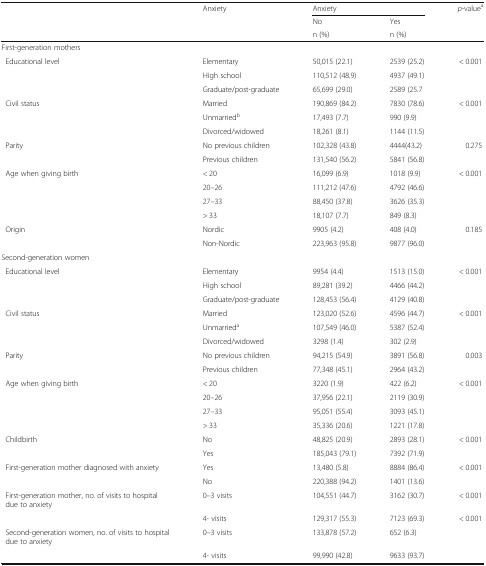
<table><thead><tr><td rowspan="3"></td><td rowspan="3"><b>Anxiety</b></td><td colspan="2"><b>Anxiety</b></td><td rowspan="3"><b><i>p</i>-value<sup>a</sup></b></td></tr><tr><td><b>No</b></td><td><b>Yes</b></td></tr><tr><td><b>n (%)</b></td><td><b>n (%)</b></td></tr></thead><tbody><tr><td colspan="5">First-generation mothers</td></tr><tr><td rowspan="3"> Educational level</td><td>Elementary</td><td>50,015 (22.1)</td><td>2539 (25.2)</td><td>&lt; 0.001</td></tr><tr><td>High school</td><td>110,512 (48.9)</td><td>4937 (49.1)</td><td></td></tr><tr><td>Graduate/post-graduate</td><td>65,699 (29.0)</td><td>2589 (25.7</td><td></td></tr><tr><td> Civil status</td><td>Married</td><td>190,869 (84.2)</td><td>7830 (78.6)</td><td>&lt; 0.001</td></tr><tr><td></td><td>Unmarried<sup>b</sup></td><td>17,493 (7.7)</td><td>990 (9.9)</td><td></td></tr><tr><td></td><td>Divorced/widowed</td><td>18,261 (8.1)</td><td>1144 (11.5)</td><td></td></tr><tr><td> Parity</td><td>No previous children</td><td>102,328 (43.8)</td><td>4444(43.2)</td><td>0.275</td></tr><tr><td></td><td>Previous children</td><td>131,540 (56.2)</td><td>5841 (56.8)</td><td></td></tr><tr><td rowspan="4"> Age when giving birth</td><td>&lt; 20</td><td>16,099 (6.9)</td><td>1018 (9.9)</td><td>&lt; 0.001</td></tr><tr><td>20–26</td><td>111,212 (47.6)</td><td>4792 (46.6)</td><td></td></tr><tr><td>27–33</td><td>88,450 (37.8)</td><td>3626 (35.3)</td><td></td></tr><tr><td>&gt; 33</td><td>18,107 (7.7)</td><td>849 (8.3)</td><td></td></tr><tr><td> Origin</td><td>Nordic</td><td>9905 (4.2)</td><td>408 (4.0)</td><td>0.185</td></tr><tr><td></td><td>Non-Nordic</td><td>223,963 (95.8)</td><td>9877 (96.0)</td><td></td></tr><tr><td colspan="5">Second-generation women</td></tr><tr><td rowspan="3"> Educational level</td><td>Elementary</td><td>9954 (4.4)</td><td>1513 (15.0)</td><td>&lt; 0.001</td></tr><tr><td>High school</td><td>89,281 (39.2)</td><td>4466 (44.2)</td><td></td></tr><tr><td>Graduate/post-graduate</td><td>128,453 (56.4)</td><td>4129 (40.8)</td><td></td></tr><tr><td> Civil status</td><td>Married</td><td>123,020 (52.6)</td><td>4596 (44.7)</td><td>&lt; 0.001</td></tr><tr><td></td><td>Unmarried<sup>a</sup></td><td>107,549 (46.0)</td><td>5387 (52.4)</td><td></td></tr><tr><td></td><td>Divorced/widowed</td><td>3298 (1.4)</td><td>302 (2.9)</td><td></td></tr><tr><td> Parity</td><td>No previous children</td><td>94,215 (54.9)</td><td>3891 (56.8)</td><td>0.003</td></tr><tr><td></td><td>Previous children</td><td>77,348 (45.1)</td><td>2964 (43.2)</td><td></td></tr><tr><td rowspan="4"> Age when giving birth</td><td>&lt; 20</td><td>3220 (1.9)</td><td>422 (6.2)</td><td>&lt; 0.001</td></tr><tr><td>20–26</td><td>37,956 (22.1)</td><td>2119 (30.9)</td><td></td></tr><tr><td>27–33</td><td>95,051 (55.4)</td><td>3093 (45.1)</td><td></td></tr><tr><td>&gt; 33</td><td>35,336 (20.6)</td><td>1221 (17.8)</td><td></td></tr><tr><td> Childbirth</td><td>No</td><td>48,825 (20.9)</td><td>2893 (28.1)</td><td>&lt; 0.001</td></tr><tr><td></td><td>Yes</td><td>185,043 (79.1)</td><td>7392 (71.9)</td><td></td></tr><tr><td> First-generation mother diagnosed with anxiety</td><td>Yes</td><td>13,480 (5.8)</td><td>8884 (86.4)</td><td>&lt; 0.001</td></tr><tr><td></td><td>No</td><td>220,388 (94.2)</td><td>1401 (13.6)</td><td></td></tr><tr><td> First-generation mother, no. of visits to hospital due to anxiety</td><td>0–3 visits</td><td>104,551 (44.7)</td><td>3162 (30.7)</td><td>&lt; 0.001</td></tr><tr><td></td><td>4- visits</td><td>129,317 (55.3)</td><td>7123 (69.3)</td><td>&lt; 0.001</td></tr><tr><td> Second-generation women, no. of visits to hospital due to anxiety</td><td>0–3 visits</td><td>133,878 (57.2)</td><td>652 (6.3)</td><td></td></tr><tr><td></td><td>4- visits</td><td>99,990 (42.8)</td><td>9633 (93.7)</td><td></td></tr></tbody></table>